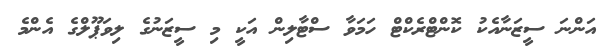
އަންނަ ސީޒަނާއެކު ކޮންޓްރެކްޓް ހަމަވާ ސްޓާލިން އަކީ މި ސީޒަނުގެ ލިވަޕޫލްގެ އެންމެ